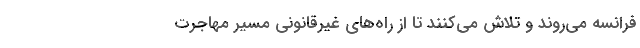
فرانسه می‌روند و تلاش می‌کنند تا از راه‌های غیرقانونی مسیر مهاجرت